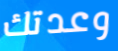
وعدتك